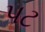
પટ